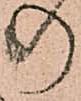
の